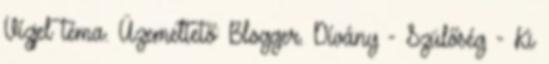
Vízjel téma. Üzemeltető: Blogger. Dívány - Szülőség - Ki